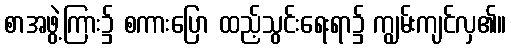
စာအဖွဲ့ကြား၌ စကားပြော ထည့်သွင်းရေးရာ၌ ကျွမ်းကျင်လှ၏။